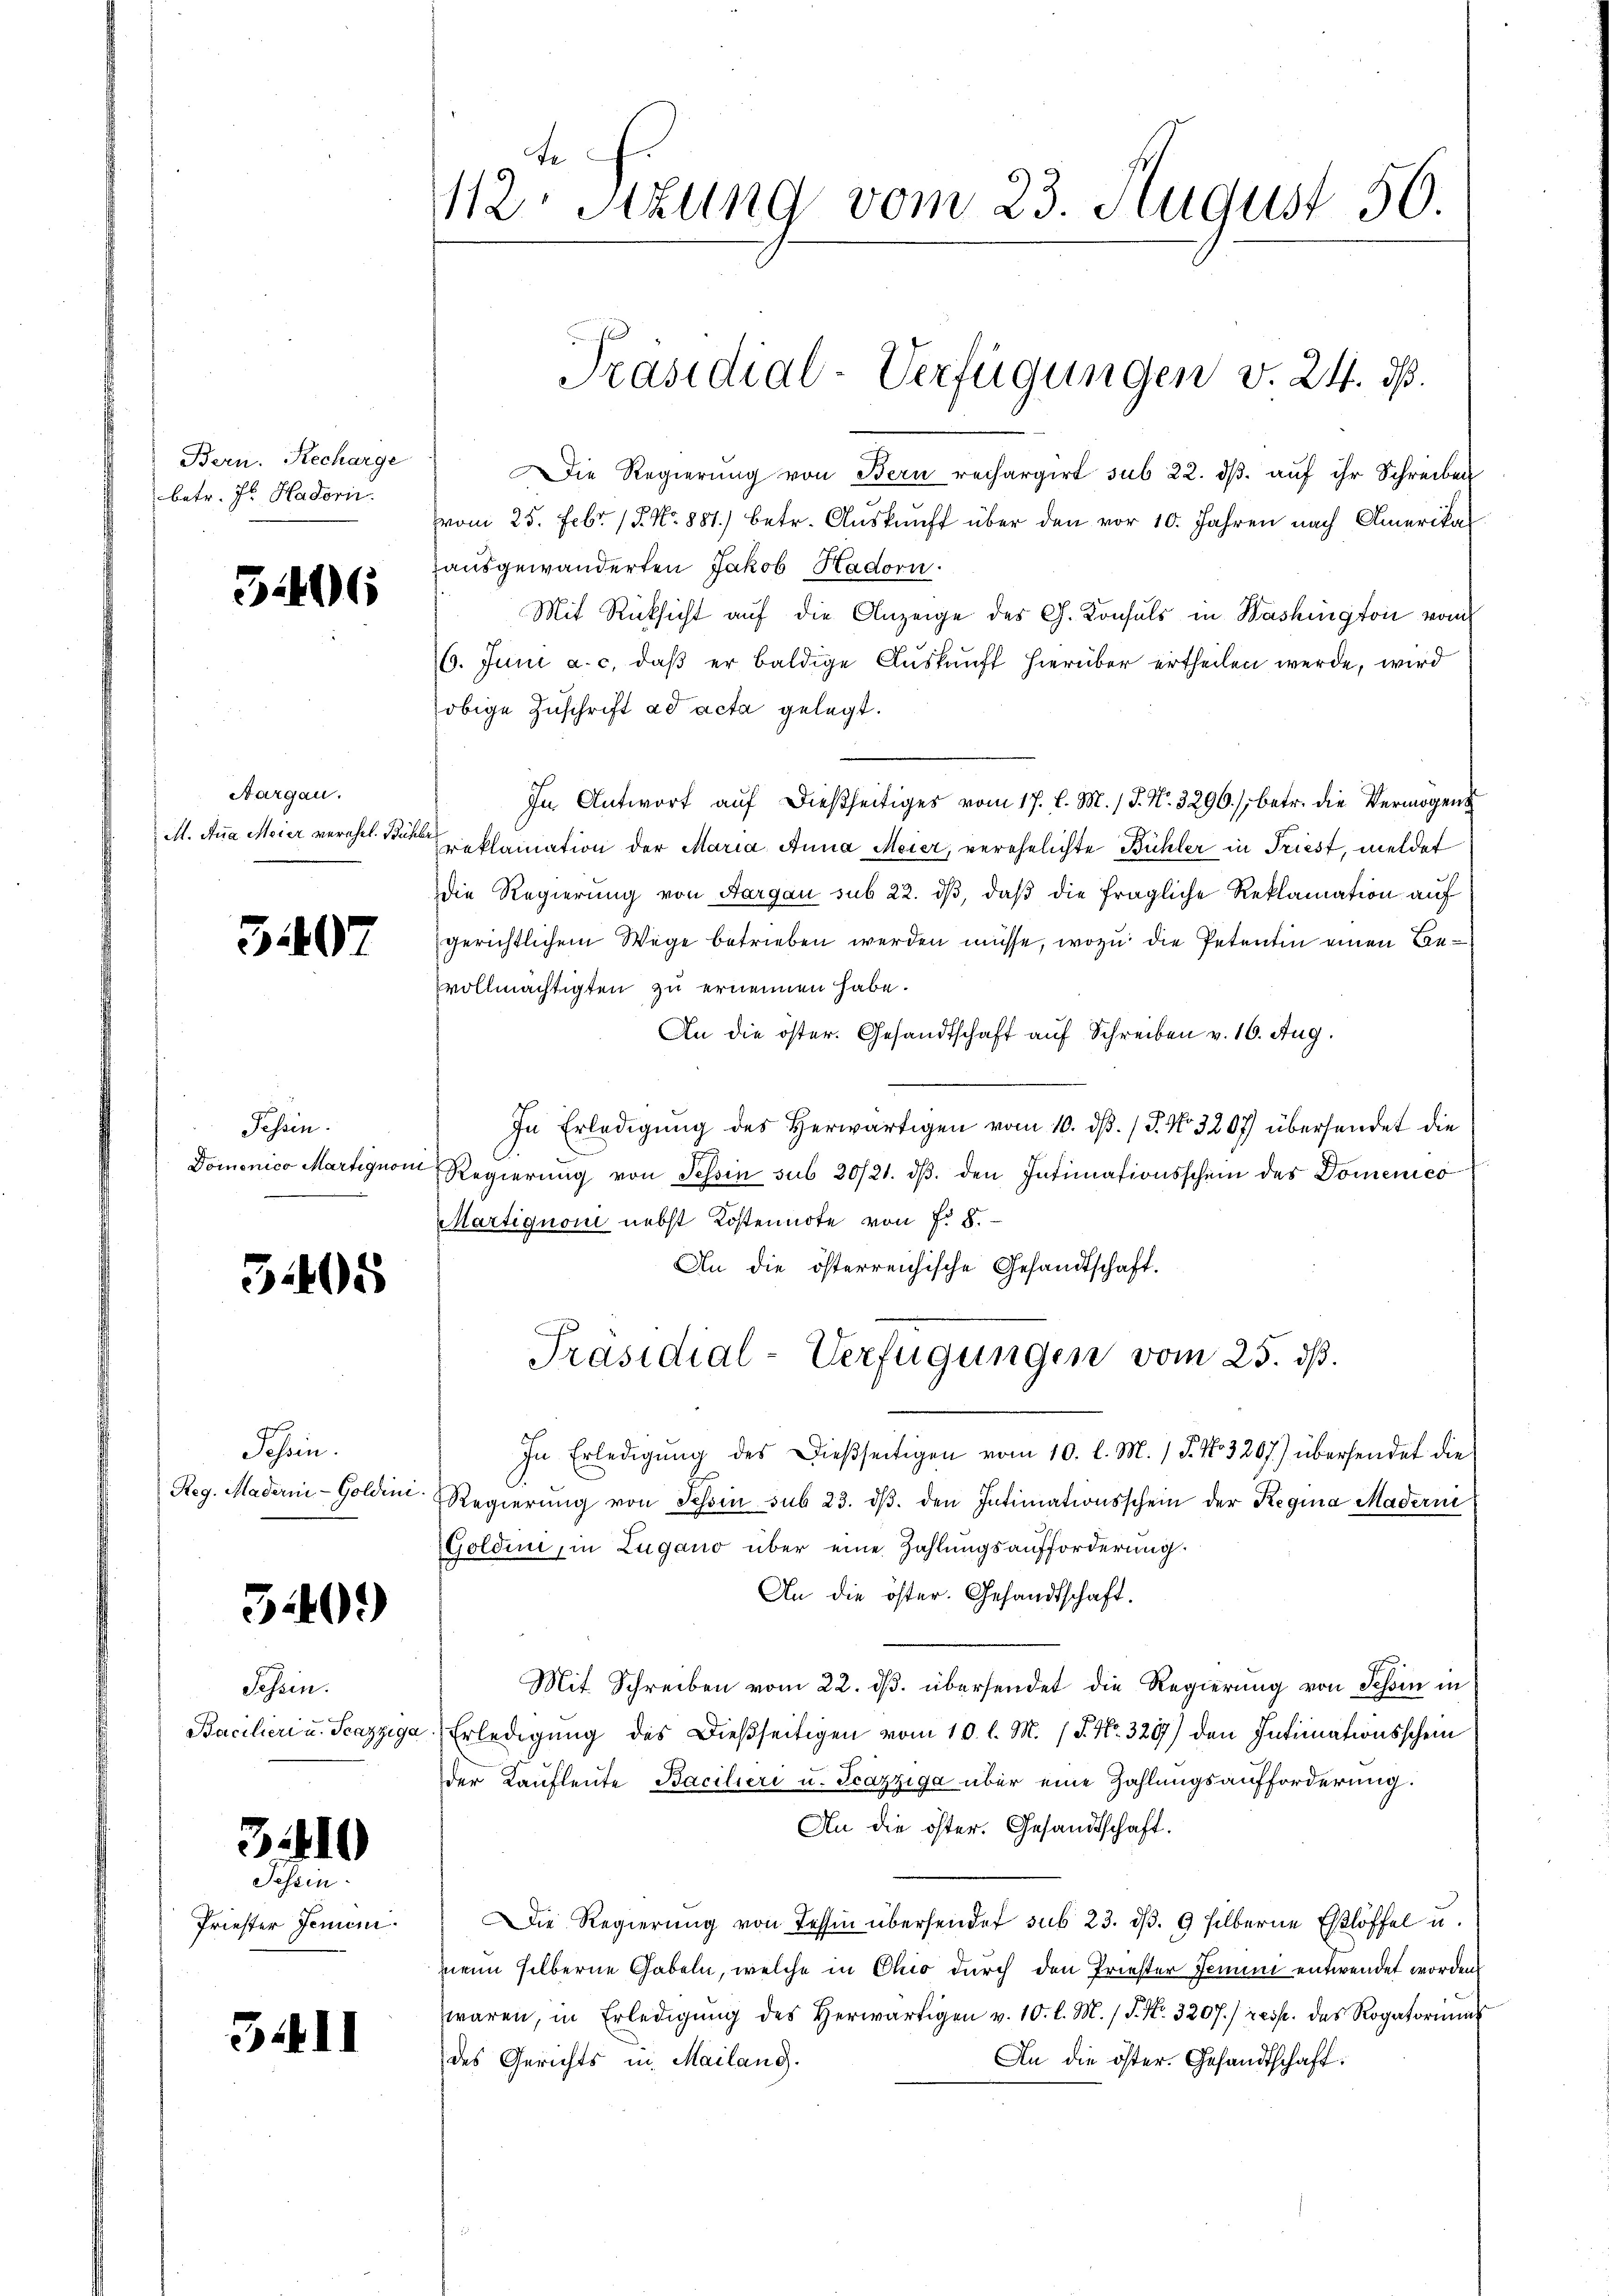
Bern. Recharge
betr. Js. Hadoris

51406

3407

Aargau.
M. Aua Meier verehel. Bühle

Tessin.
Domenico Martignom

3405

Tessin.

3401)

Schein.
Bacilieri u. Scazziga

3110
Sahrin

Priester Jenini.

3411

112 Stzung vom 23. August 50.

Die Regierung von Bern rechargirt sub 22. dβ aŭf ihr Schreiben
vom 25. Febr. 15. No. 881.) betr. Aŭskŭnft über den vor 10. Jahren nach Amerika
ausgewanderten Jakob Hadorn.
Mit Rücksicht auf die Anzeige des C. Konsuls in Washington vom
6. Juni a. c. daβ er baldige Auskunft hierüber ertheilen werde, wird
obige Zuschrift ad acta gelegt.
In Antwort aŭf dießseitiges vom 17. d. M. / 5. No. 3296. / betr. die Vermögens
reklamation der Maria Anna Meier, verehelichte Bühler in Triest, meldet
die Regierung von Aargau sub 22. dβ, daß die fragliche Reklamation auf
gerichtlichem Wege betrieben werden müsse, wozu die Petentin einen Bevollmächtigten zu ernennen habe.
An die öster. Gesandtschaft auf Schreiben v. 16. Aug.
In Erledigung des Herwärtigen vom 10. dβ. / P. No. 3207) übersendet die
Regierung von Tessin sub 20/21. dβ. den Intimationsschein des Domenico
Martignoni nebst Kostennote von f. 8.
An die österreichische Gesandtschaft.
Präsidial-Verfügungen vom 25. dß.
In Erledigŭng des Dießseitigen vom 10. l. M. 18. No 3207) übersendet die
Reg. Maderni-Goldini Regierŭng von Tessin sub 23. dβ. den Intimationsschein der Regina Madern
Goldini, in Zugano über eine Zahlungsaufforderung.
An die öster. Gesandtschaft.
Mit Schreiben vom 22. ds. übersendet die Regierung von Tessin in
Erledigung des Dießseitigen vom 10. l. M. 1 S. Nr. 3207) den Intimationsschein
der Kaufleute Bacilieri u. Scazziga über eine Zahlungsaufforderung.
An die öster. Gesandtschaft.
Die Regierŭng von Tessin übersendet sub 23. d. 9 silberne Eßlöffel u.
nenn silberne Gabeln, welche in Chio durch den Priester Jemini entwendet worden
waren, in Erledigŭng des herwärtigen v. 10. l. M. P. Nr. 3207./ resp. des Rogatorium
des Gerichts in Mailand.
An die öster. Gesandtschaft:

Präsidial-Verfügungen v. 24. ds.